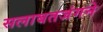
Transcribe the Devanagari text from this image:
सलाबतजंगने